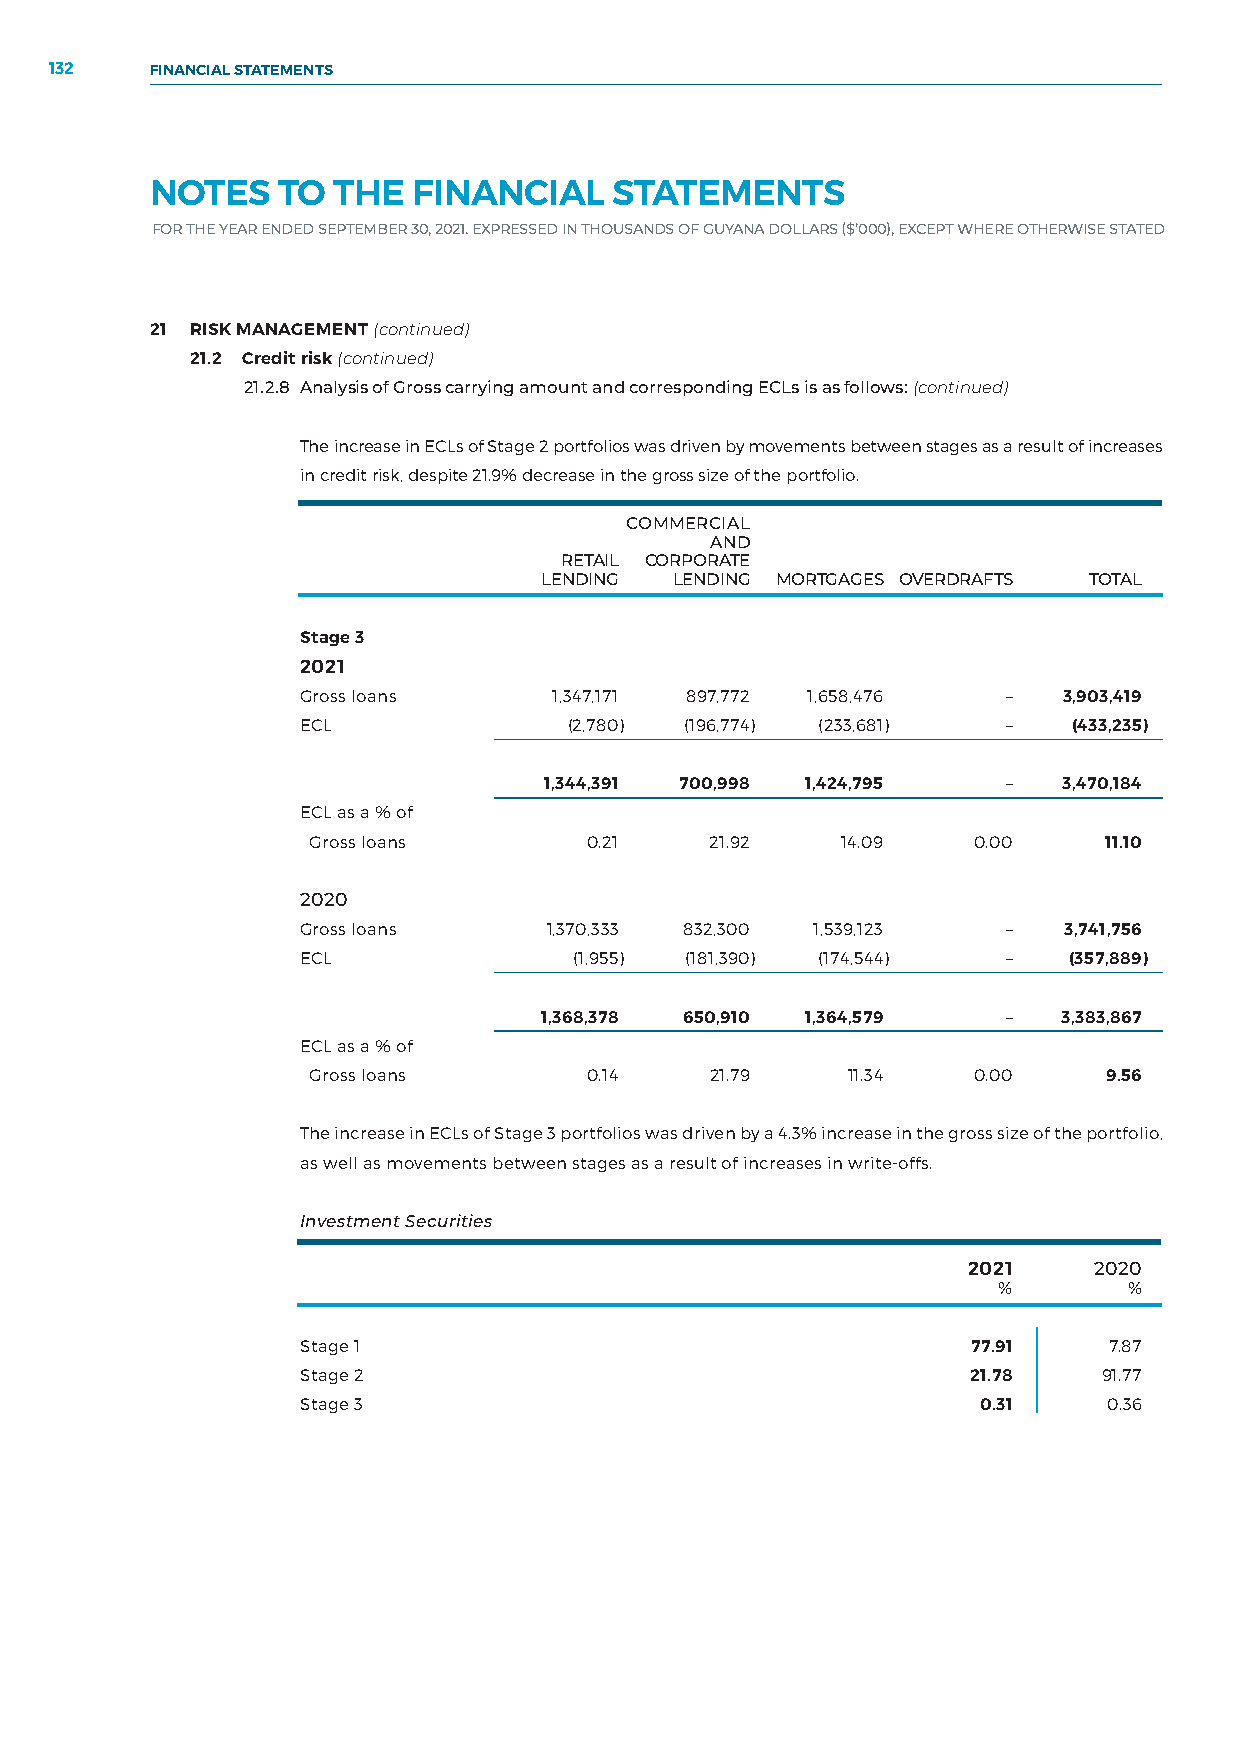
132    FINANCIAL STATEMENTS
 NOTES   TO  THE  FINANCIAL     STATEMENTS
 FOR THE YEAR ENDED SEPTEMBER 30, 2021. EXPRESSED IN THOUSANDS OF GUYANA DOLLARS ($’000), EXCEPT WHERE OTHERWISE STATED
 21 RISK MANAGEMENT (continued)
 21.2 Credit risk (continued)
 21.2.8 Analysis of Gross carrying amount and corresponding ECLs is as follows: (continued)
 The increase in ECLs of Stage 2 portfolios was driven by movements between stages as a result of increases
 in credit risk, despite 21.9% decrease in the gross size of the portfolio.
 COMMERCIAL
 AND
 RETAIL CORPORATE
 LENDING  LENDING MORTGAGES OVERDRAFTS TOTAL
 Stage 3
 2021
 Gross loans      1,347,171 897,772 1,658,476   –  3,903,419
 ECL               (2,780) (196,774) (233,681)  –   (433,235)
 1,344,391 700,998 1,424,795    –  3,470,184
 ECL as a % of
 Gross loans       0.21    21.92    14.09   0.00     11.10
 2020
 Gross loans     1,370,333 832,300 1,539,123    –  3,741,756
 ECL               (1,955) (181,390) (174,544)  –   (357,889)
 1,368,378 650,910 1,364,579    –  3,383,867
 ECL as a % of
 Gross loans       0.14    21.79    11.34   0.00     9.56
 The increase in ECLs of Stage 3 portfolios was driven by a 4.3% increase in the gross size of the portfolio,
 as well as movements between stages as a result of increases in write-offs.
 Investment Securities
 2021    2020
 %        %
 Stage 1                                     77.91    7.87
 Stage 2                                     21.78    91.77
 Stage 3                                      0.31    0.36